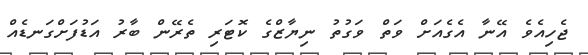
ޖެހިއެވެ އޭނާ އެގެއަށް ވަތް ވަގުތު ނިޔާޒްގެ ކޮޓަރި ތެރޭން ބާރު އަޑުފަށްގަނޑެއް